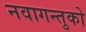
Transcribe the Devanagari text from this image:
नवागन्तुको